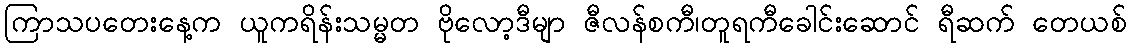
ကြာသပတေးနေ့က ယူကရိန်းသမ္မတ ဗိုလော့ဒီမျာ ဇီလန်စကီ၊တူရကီခေါင်းဆောင် ရီဆက် တေယစ်